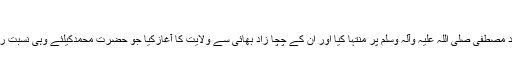
حمّوئی)عالمِ مذہب ِحنفی)
”سب تعریف اُس خدائے بزرگ کیلئے ہے جس نے اپنی نبوت و رسالت کو حضرت محمد مصطفی صلی اللہ علیہ وآلہ وسلم پر منتہا کیا اور ان کے چچا زاد بھائی سے ولایت کا آغازکیا جو حضرت محمدکیلئے وہی نسبت رکھتے ہیں جو ہارون حضرت موسیٰ سے رکھتے تھے، سوائے اس کے کہ نبی نہ تھے۔